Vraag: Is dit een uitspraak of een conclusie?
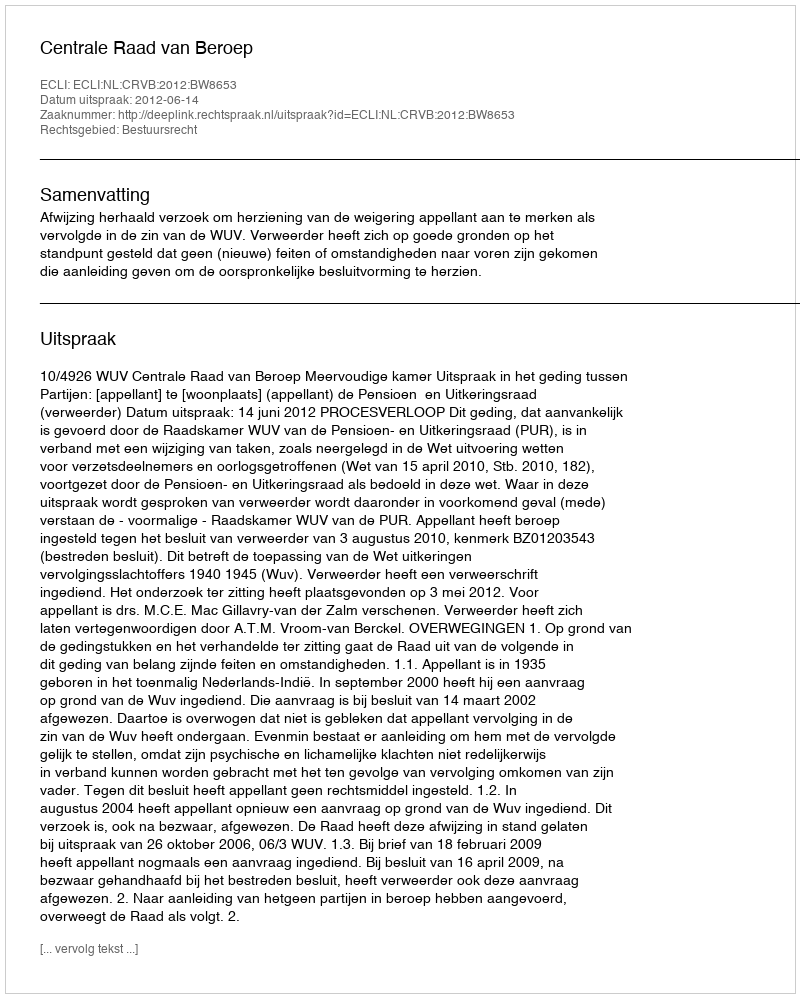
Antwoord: Uitspraak